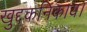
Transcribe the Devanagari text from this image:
खुद्दकनिकाय।